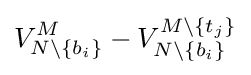
V_{N\setminus \{b_{i}\}}^{M}-V_{N\setminus \{b_{i}\}}^{M\setminus \{t_{j}\}}